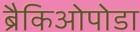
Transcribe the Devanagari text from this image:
ब्रैकिओपोडा